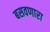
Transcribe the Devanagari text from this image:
बसवणारा